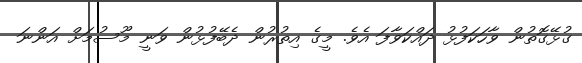
ގުޅޭގޮތުން ވާހަކަފުޅު ދައްކަވާފަ އެވެ. މީގެ އިތުރުން ދެބޭފުޅުން ވަނީ މޫސުމަށް އަންނަ